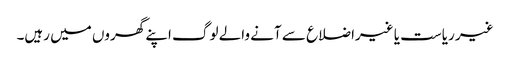
غیر ریاست یا غیراضلاع سے آنے والے لوگ اپنے گھروں میں رہیں۔